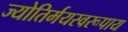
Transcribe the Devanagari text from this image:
ज्योतिर्मयस्वरूपाय